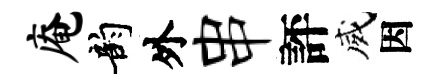
庵韵外串評威因